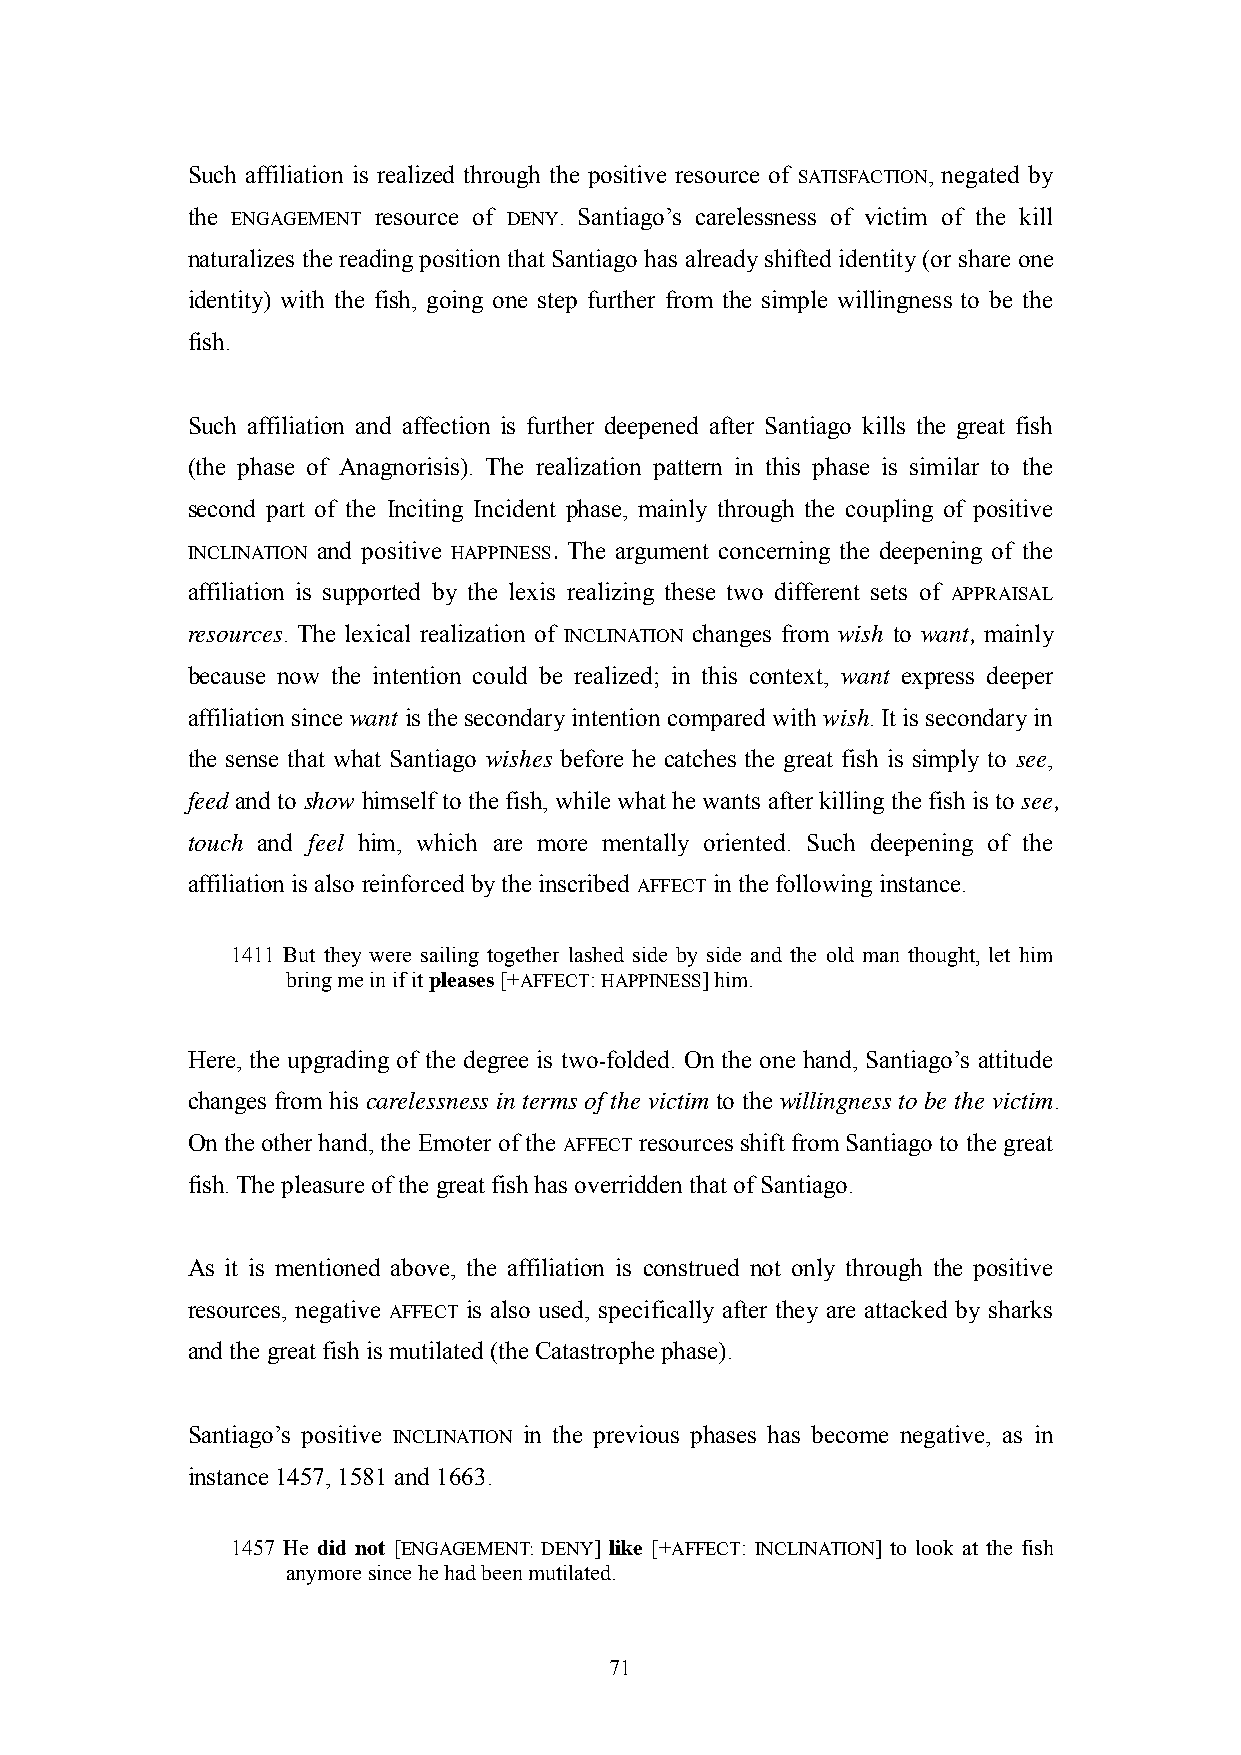
Such affiliation is realized through the positive resource of SATISFACTION, negated by
 the ENGAGEMENT resource of DENY. Santiago‘s carelessness of victim of the kill
 naturalizes the reading position that Santiago has already shifted identity (or share one
 identity) with the fish, going one step further from the simple willingness to be the
 fish.
 Such affiliation and affection is further deepened after Santiago kills the great fish
 (the phase of Anagnorisis). The realization pattern in this phase is similar to the
 second part of the Inciting Incident phase, mainly through the coupling of positive
 INCLINATION and positive HAPPINESS. The argument concerning the deepening of the
 affiliation is supported by the lexis realizing these two different sets of APPRAISAL
 resources. The lexical realization of INCLINATION changes from wish to want, mainly
 because now the intention could be realized; in this context, want express deeper
 affiliation since want is the secondary intention compared with wish. It is secondary in
 the sense that what Santiago wishes before he catches the great fish is simply to see,
 feed and to show himself to the fish, while what he wants after killing the fish is to see,
 touch and feel him, which are more mentally oriented. Such deepening of the
 affiliation is also reinforced by the inscribed AFFECT in the following instance.
 1411 But they were sailing together lashed side by side and the old man thought, let him
 bring me in if it pleases [+AFFECT: HAPPINESS] him.
 Here, the upgrading of the degree is two-folded. On the one hand, Santiago‘s attitude
 changes from his carelessness in terms of the victim to the willingness to be the victim.
 On the other hand, the Emoter of the AFFECT resources shift from Santiago to the great
 fish. The pleasure of the great fish has overridden that of Santiago.
 As it is mentioned above, the affiliation is construed not only through the positive
 resources, negative AFFECT is also used, specifically after they are attacked by sharks
 and the great fish is mutilated (the Catastrophe phase).
 Santiago‘s positive INCLINATION in the previous phases has become negative, as in
 instance 1457, 1581 and 1663.
 1457 He did not [ENGAGEMENT: DENY] like [+AFFECT: INCLINATION] to look at the fish
 anymore since he had been mutilated.
 71